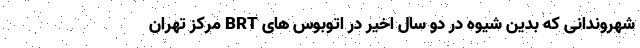
شهروندانی که بدین شیوه در دو سال اخیر در اتوبوس های BRT مرکز تهران